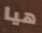
هيا